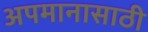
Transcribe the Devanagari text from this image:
अपमानासाठी